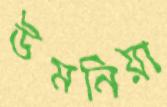
উমনিয়া